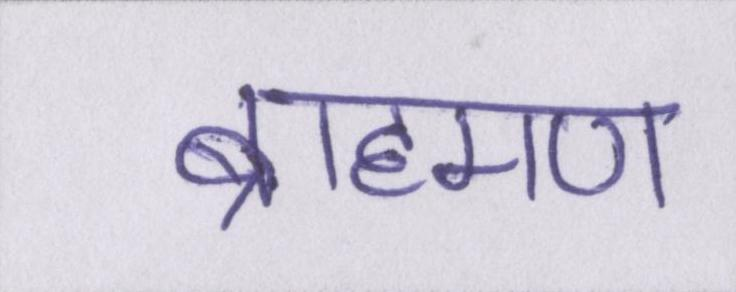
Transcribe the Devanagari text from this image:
ब्राह्मण